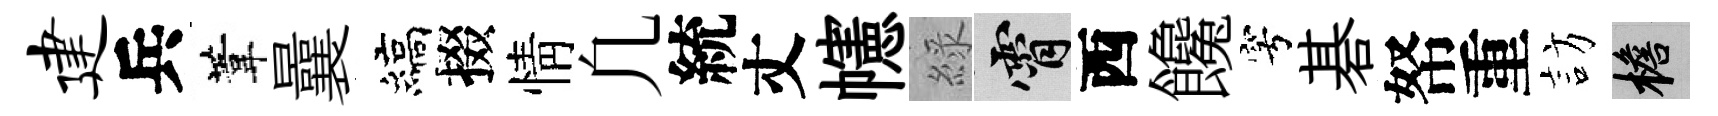
建兵葦曩縞掇情凢統丈幰綠霄西饞穹碁帑重訪檐